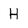
Character: H